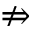
\nRightarrow